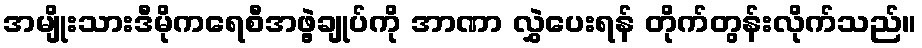
အမျိုးသားဒီမိုကရေစီအဖွဲ့ချုပ်ကို အာဏာ လွှဲပေးရန် တိုက်တွန်းလိုက်သည်။